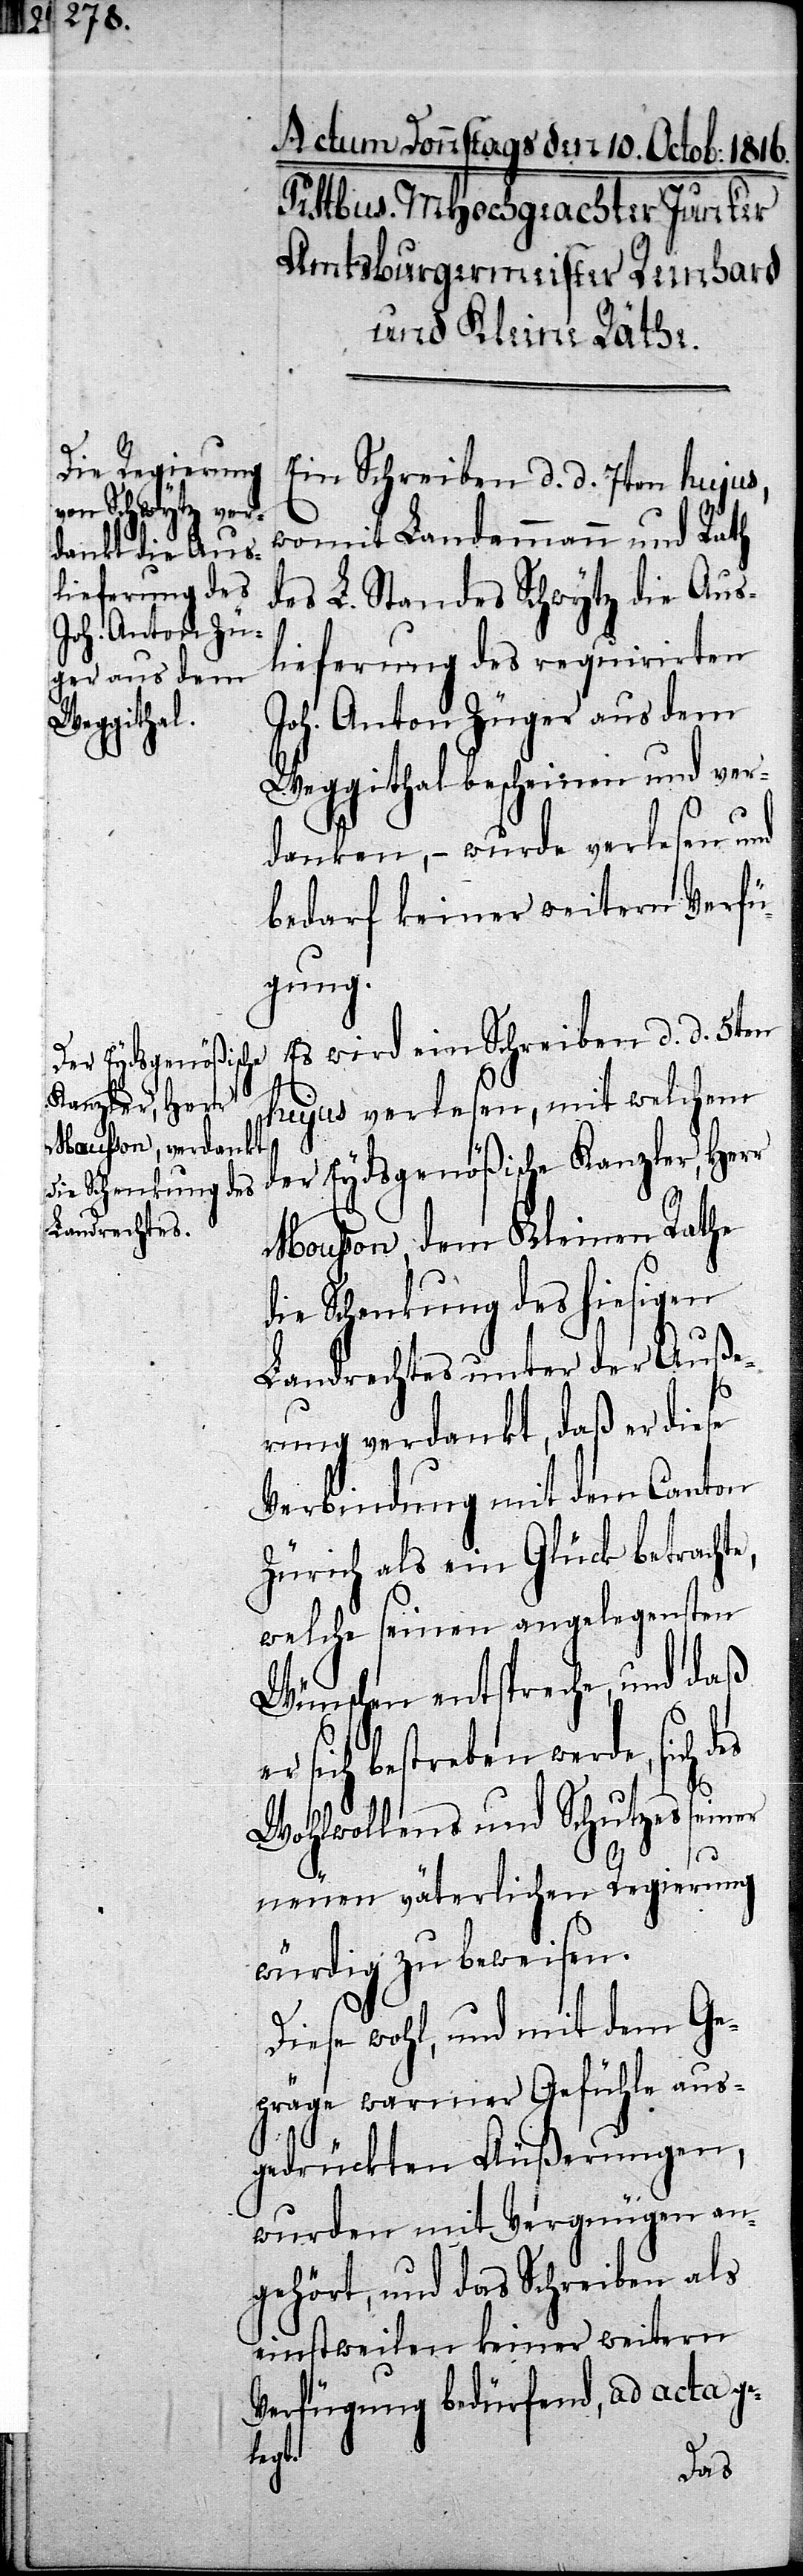
der Eydsgenößische
Kanzler, Herr

Ein Schreiben d. d. 7ten hujus,
womit Landammann und Rath
des L. Standes Schwytz die Aus¬
lieferung des requirirten
Joh. Anton Züger aus dem
Weggithal bescheinen und ver¬
danken; – wurde verlesen und
bedarf keiner weitern Verfü¬
gung.
Es wird ein Schreiben d. d. 5ten
hujus verlesen, mit welchem
Mousson, dem Kleinen Rathe
die Schenkung des hiesigen
Landrechtes unter der Auße¬
rung verdankt, daß er diese
Verbindung mit dem Canton
Zürich als ein Glück betrachte,
welche seinen angelegensten
Wünschen entspreche, und daß
sich bestreben werde, sich
Wohlwollens und Schutzes seiner
neuen väterlichen Regierung
würdig zu beweisen.
Diese wohl, und mit dem Ge¬
präge warmer Gefühle aus¬
gedrückten Äußerungen,
wurden mit Vergnügen an¬
gehört, und das Schreiben als
einstweilen keiner weitern
Verfügung bedürfend, ad acta ge¬
legt.